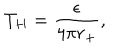
T _ { H } = { \frac { \epsilon } { 4 \pi r _ { + } } } ,